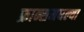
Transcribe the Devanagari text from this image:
फ्रान्समधल्या